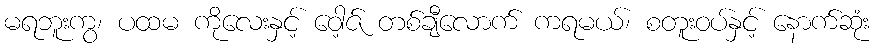
မရဘူးကွ၊ ပထမ ကိုလေးနှင့် ဝေါ့ဇ် တစ်ချီလောက် ကရမယ်၊ စတူးဝပ်နှင့် နောက်ဆုံး